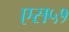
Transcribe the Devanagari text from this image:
एस५१